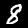
Label: 8